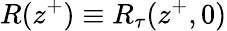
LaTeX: R(z^{+})\equiv R_{\tau}(z^{+},0)